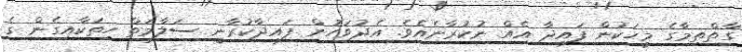
ގާތްތިމާގެ މީހަކުން ފައިދާ އެއް ނުކުރާނެއެވެ. އެދުވަހުން ފައިދާކުރާނީ ސަލާމަތް ހިތަކާއިގެން ގެ